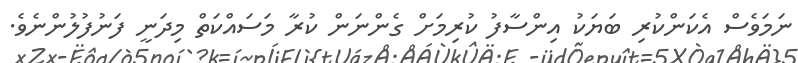
ނަމަވެސް އެކަންކުރި ބަޔަކު އިންސާފު ކުރިމަށް ގެންނަން ކުރާ މަސައްކަތް މިދަނީ ފަނުފުލުންނެވެ.